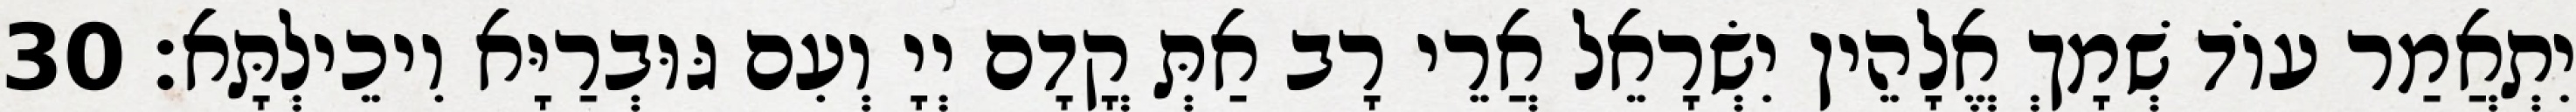
יִתְאֲמַר עוֹד שְׁמָךְ אֱלָהֵין יִשְׂרָאֵל אֲרֵי רָב אַתְּ קֳדָם יְיָ וְעִם גּוּבְרַיָּא וִיכֵילְתָּא׃ 30